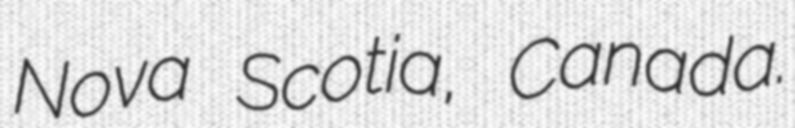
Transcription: Nova Scotia, Canada.